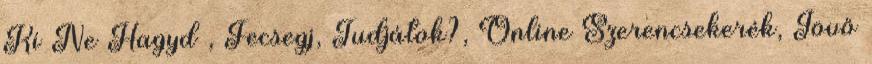
Ki Ne Hagyd , Fecsegj, Tudjátok?, Online Szerencsekerék, Jövő